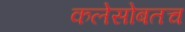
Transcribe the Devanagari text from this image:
कलेसोबतच